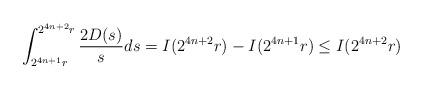
LaTeX: \begin{align*}\int_{2^{4n+ 1}r}^{2^{4n+ 2}r} \frac{2D(s)}{s} ds= I(2^{4n+ 2}r)- I(2^{4n+ 1}r)\leq I(2^{4n+ 2}r) \end{align*}